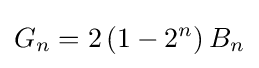
G_{n}=2\,(1-2^{n})\,B_{n}